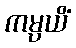
ကမ္ပယိံ